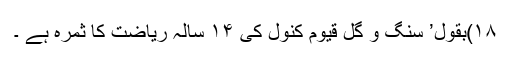
۱۸)بقول’ سنگ و گل قیوم کنول کی ۱۴ سالہ ریاضت کا ثمرہ ہے ۔